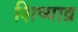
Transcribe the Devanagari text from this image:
शिष्याव्र